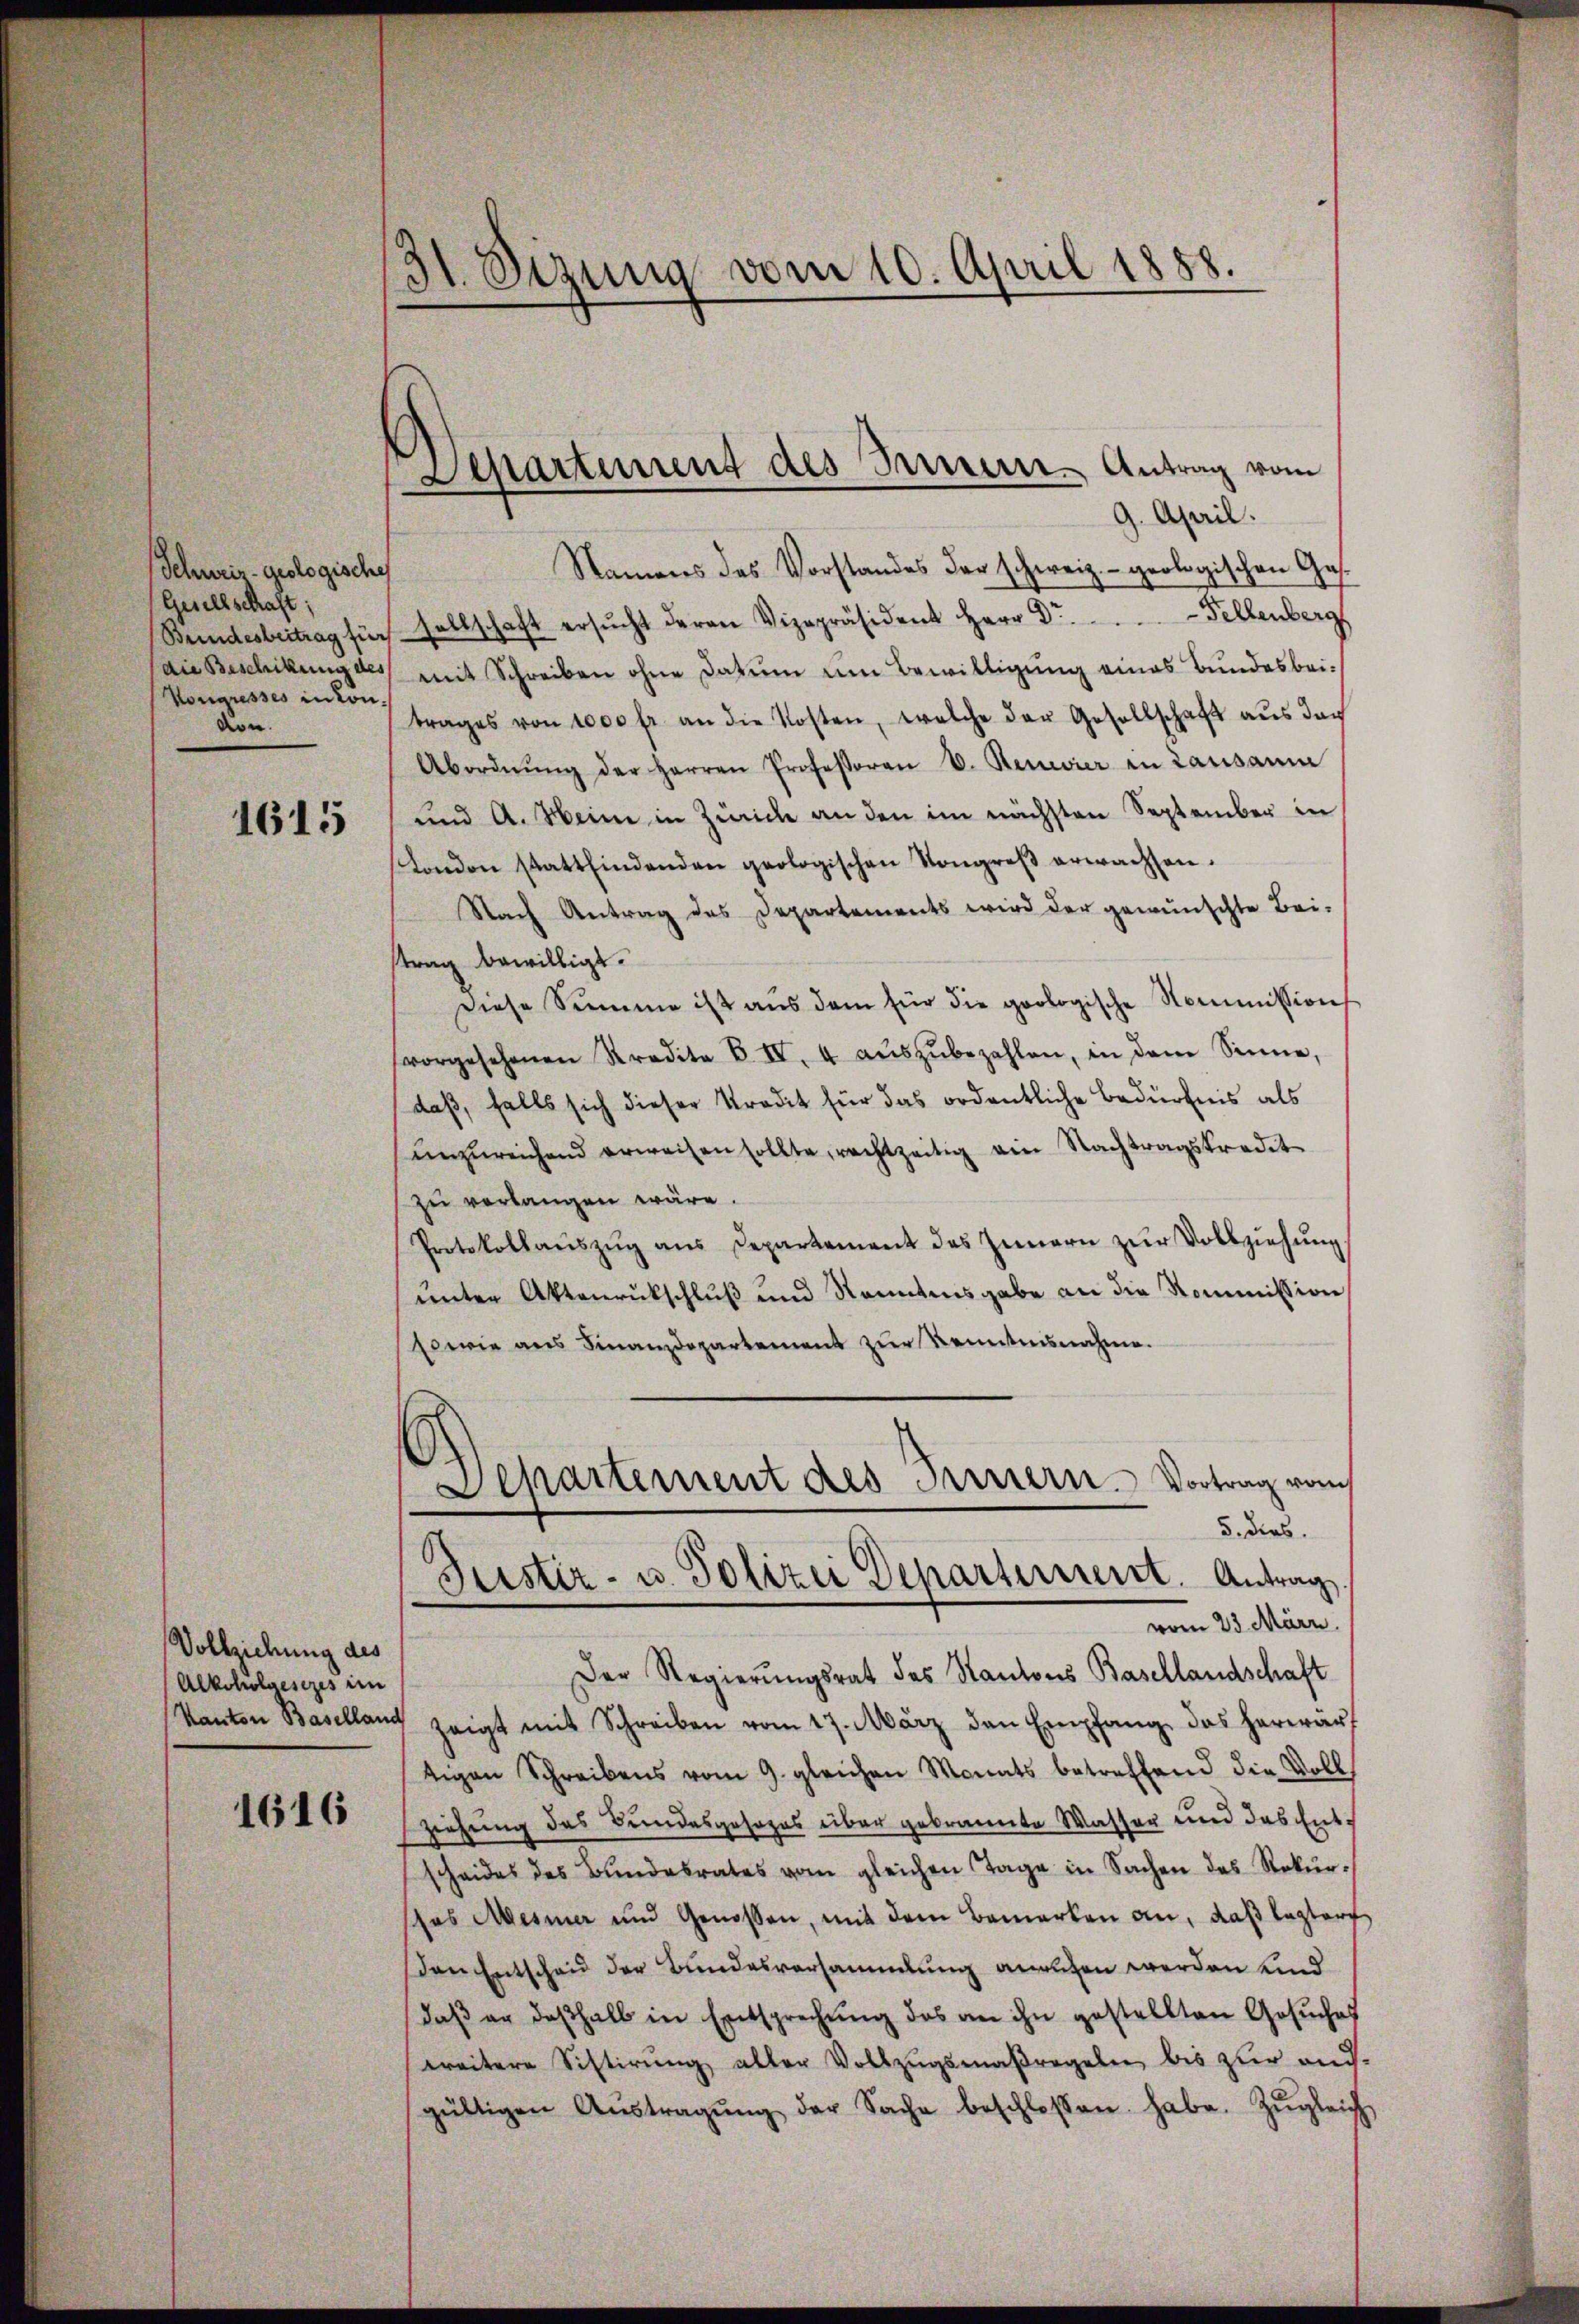
Schweiz geologische
Gesellschaft;
Kongresses inton.
von.

1615

Vollziehung des
Alkoholgesezes im

1616

31. Sezung vom 10. April 1888.

9. April.
Namens des Vorstandes der schweiz.- geologischen Ges.
Beindesbeitrag für sellschaft ersŭcht deren Vizepräsident Herr Dr. .. ..  Fellenberg
die Beschikung des mit Schreiben ohne Datum um Bewilligung eines Bundesbeitrages von 1000 fr an die Kosten, welche der Gesellschaft aŭs der
Abordnŭng der Herren Professoren D. Reueier in Lausanna
und A. Meine in Zürich an den im nächsten September in
London stattfindenden geologischen Kongreβ erwachsen.
Nach Antrag des Departements wird der gewünschte Bei-
strag bewilligt.
Diese Summe ist aŭs dem für die geologische Kommission
vorgesehenen Kredite 6. IV. 4 aŭszŭbezahlen, in dem Sinne,
daß, falls sich dieser Kredit für das ordentliche Bedürfnis als
unzureichend erweisen sollte, rechtzeitig ein Nachtragskredit
zu verlangen wäre.
Protokollaŭszŭg ans Departement des Innern zŭr Vollziehŭng
unter Aktenrukschluß und kanntensgabe an die Kommission
sowie aus Finanzdepartement zur Kenntnisnahme.
Departement des Fernern. Vortrag vom
5. dies.
Justiz- u. Polizei Departeriert. Antrag
vom 23. März.
Der Regierungsrat des Kantons Basellandschaft
Kanton Baselland zeigt mit Schreiben vom 17. März den Empfang das herwärf
tigen Schreibens vom 9. gleichen Monats betreffend die Voll
ziehung des Bundesgesezes über gebrannte Wasser und das Ent-
scheides des Bŭndesrates vom gleichen Tage in Sachen des Rekŭr-
sos Mesner und Genossen, mit dem Bemerken an, daß lagter
den Entscheid der Bundesversammlung anruhen werden und
daβ er deshalb in Entsprechŭng des an ihn gestellten Gesŭches
weitere Sistirŭng aller Vollzŭgsmaßregeln bis zur and.
gültigen Aŭstragŭng der Sache beschlossen habe. Zŭgleich

Separtement des Innere Antrag vom